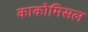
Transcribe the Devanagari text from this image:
काकोमिसल